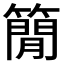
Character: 𥳑